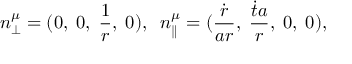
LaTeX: n _ { \perp } ^ { \mu } = ( 0 , \; 0 , \; \frac { 1 } { r } , \; 0 ) , \; \; n _ { \parallel } ^ { \mu } = ( \frac { \dot { r } } { a r } , \; \frac { \dot { t } a } { r } , \; 0 , \; 0 ) ,